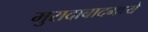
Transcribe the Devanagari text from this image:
मुरादाबादमध्ये